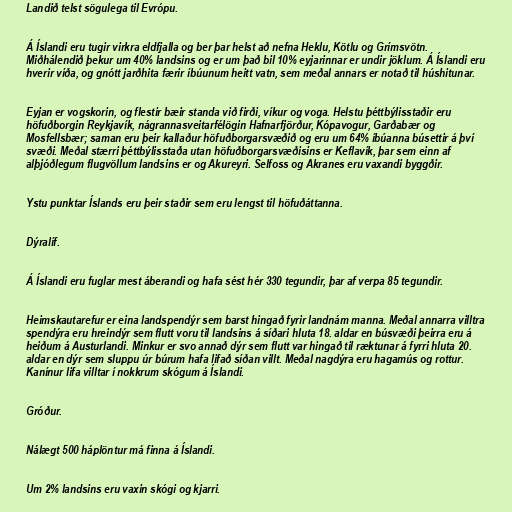
Landið telst sögulega til Evrópu.

Á Íslandi eru tugir virkra eldfjalla og ber þar helst að nefna Heklu, Kötlu og Grímsvötn.
Miðhálendið þekur um 40% landsins og er um það bil 10% eyjarinnar er undir jöklum. Á Íslandi eru
hverir víða, og gnótt jarðhita færir íbúunum heitt vatn, sem meðal annars er notað til húshitunar.

Eyjan er vogskorin, og flestir bæir standa við firði, víkur og voga. Helstu þéttbýlisstaðir eru
höfuðborgin Reykjavík, nágrannasveitarfélögin Hafnarfjörður, Kópavogur, Garðabær og
Mosfellsbær; saman eru þeir kallaður höfuðborgarsvæðið og eru um 64% íbúanna búsettir á því
svæði. Meðal stærri þéttbýlisstaða utan höfuðborgarsvæðisins er Keflavík, þar sem einn af
alþjóðlegum flugvöllum landsins er og Akureyri. Selfoss og Akranes eru vaxandi byggðir.

Ystu punktar Íslands eru þeir staðir sem eru lengst til höfuðáttanna.

Dýralíf.

Á Íslandi eru fuglar mest áberandi og hafa sést hér 330 tegundir, þar af verpa 85 tegundir.

Heimskautarefur er eina landspendýr sem barst hingað fyrir landnám manna. Meðal annarra villtra
spendýra eru hreindýr sem flutt voru til landsins á síðari hluta 18. aldar en búsvæði þeirra eru á
heiðum á Austurlandi. Minkur er svo annað dýr sem flutt var hingað til ræktunar á fyrri hluta 20.
aldar en dýr sem sluppu úr búrum hafa lifað síðan villt. Meðal nagdýra eru hagamús og rottur.
Kanínur lifa villtar í nokkrum skógum á Íslandi.

Gróður.

Nálægt 500 háplöntur má finna á Íslandi.

Um 2% landsins eru vaxin skógi og kjarri.